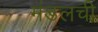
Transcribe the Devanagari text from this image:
मंडलची